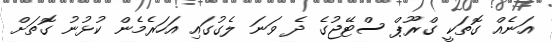
އަނެއް ގޮތަކީ ގްރޫޕް ސްޓޭޖުގެ ދެ ވަނަ ލެގުގައި އަހަރެމެން ކުޅުނު ގޮތަށް